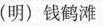
(明)钱鹤滩